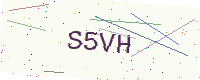
Text: S5VH